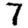
Digit: 7